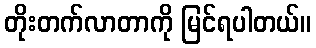
တိုးတက်လာတာကို မြင်ရပါတယ်။